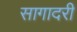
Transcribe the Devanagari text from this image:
सागादरी